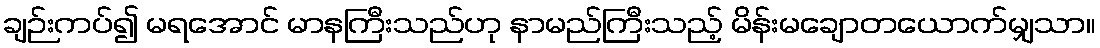
ချဉ်းကပ်၍ မရအောင် မာနကြီးသည်ဟု နာမည်ကြီးသည့် မိန်းမချောတယောက်မျှသာ။